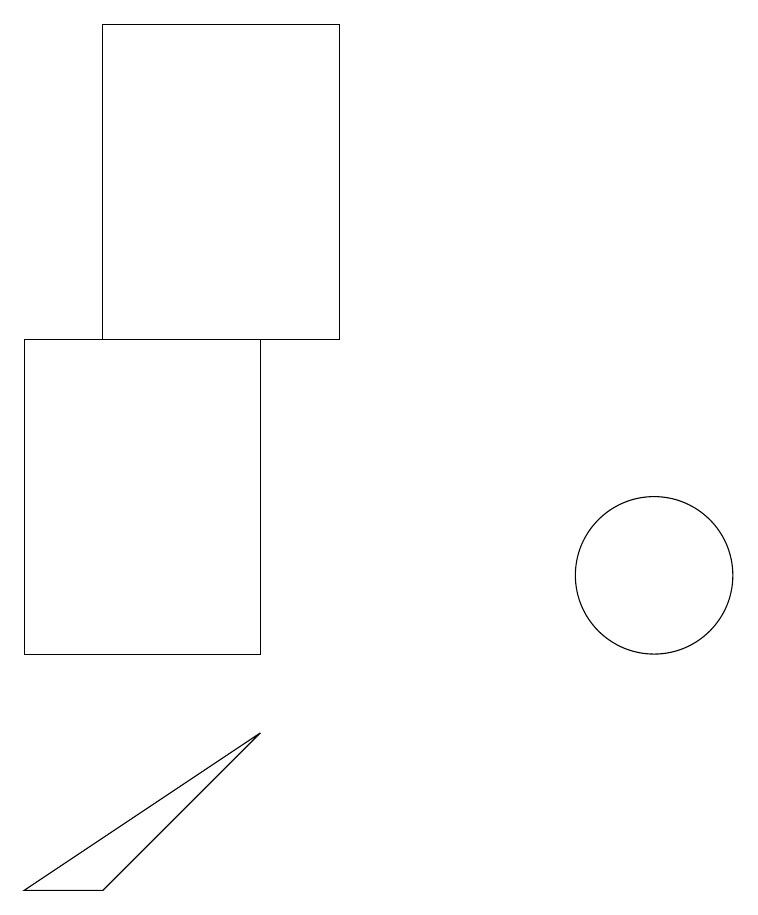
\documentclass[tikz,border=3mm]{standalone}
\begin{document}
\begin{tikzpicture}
\draw (3,18) rectangle (6,14);
\draw (10,11) circle (1);
\draw (2,10) rectangle (5,14);
\draw (5,9) -- (3,7) -- (2,7) -- cycle;
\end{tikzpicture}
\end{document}